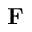
\mathbf { F }